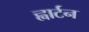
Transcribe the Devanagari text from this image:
ह्वार्टन